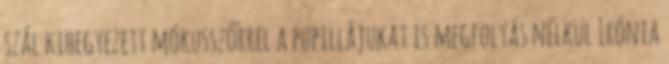
szál kihegyezett mókusszőrrel a pupillájukat is megfolyás nélkül Irónia